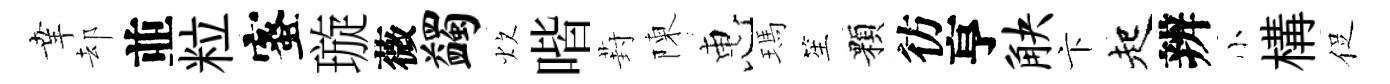
𦍒却並粒蜜璇薇蠲炊喈葑陳惠瑪笙顆彷亨觖卞起辨小構促